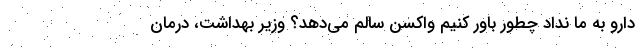
دارو به ما نداد چطور باور کنیم واکسن سالم می‌دهد؟ وزیر بهداشت، درمان